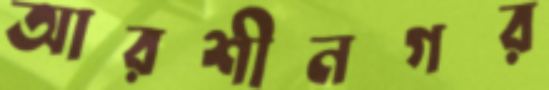
আরশীনগর